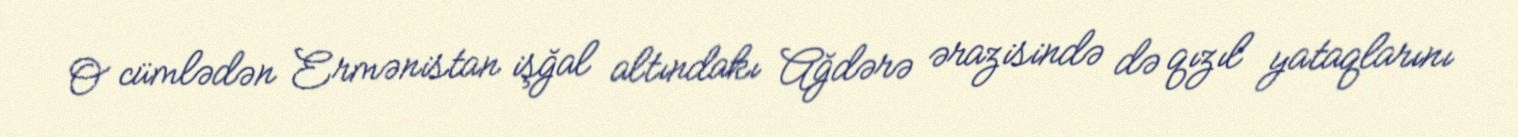
O cümlədən Ermənistan işğal altındakı Ağdərə ərazisində də qızıl yataqlarını